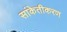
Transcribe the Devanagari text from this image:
सांकेतीकरण